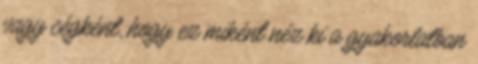
vagy cégként, hogy ez miként néz ki a gyakorlatban